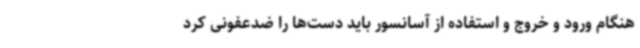
هنگام ورود و خروج و استفاده از آسانسور باید دست‌ها را ضدعفونی کرد